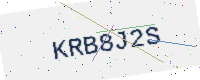
Text: KRB8J2S